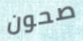
صحون